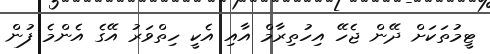
ޓީމުތަކަށް ދޭން ޖެހޭ އިހުތިރާމް އާއި އެކީ ހިތްވަރު އޭގެ އެންމެ ފުން